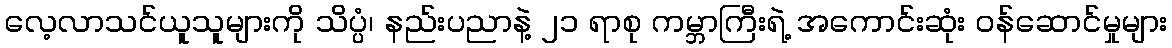
လေ့လာသင်ယူသူများကို သိပ္ပံ၊ နည်းပညာနဲ့ ၂၁ ရာစု ကမ္ဘာကြီးရဲ့ အကောင်းဆုံး ဝန်ဆောင်မှုများ